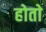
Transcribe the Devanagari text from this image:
होताे